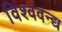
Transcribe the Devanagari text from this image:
विश्ववन्द्य